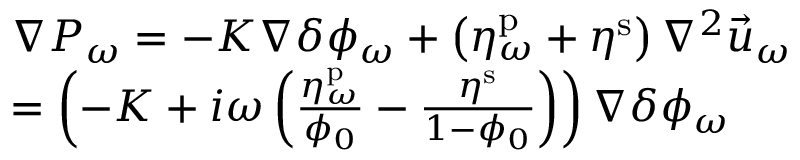
\begin{array} { r l } & { \nabla P _ { \omega } = - K \nabla \delta \phi _ { \omega } + \left( \eta _ { \omega } ^ { \mathrm { p } } + \eta ^ { \mathrm { s } } \right) \nabla ^ { 2 } \vec { u } _ { \omega } } \\ & { = \left( - K + i \omega \left( \frac { \eta _ { \omega } ^ { \mathrm { p } } } { \phi _ { 0 } } - \frac { \eta ^ { \mathrm { s } } } { 1 - \phi _ { 0 } } \right) \right) \nabla \delta \phi _ { \omega } } \end{array}